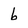
Character: b